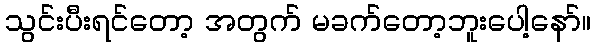
သွင်းပီးရင်တော့ အတွက် မခက်တော့ဘူးပေါ့နော်။